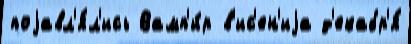
поjавл'я́л'ись Вамп'и́р в'ис'ен'иjа д'екабр'я́